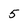
Character: 5